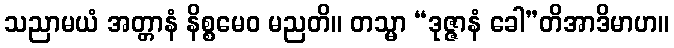
သညာမယံ အတ္တာနံ နိစ္စမေဝ မညတိ။ တသ္မာ “ဒုဇ္ဇာနံ ခေါ”တိအာဒိမာဟ။